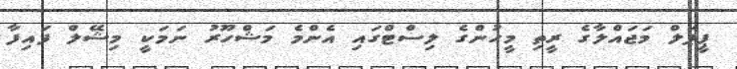
ޕީޕަލް މަޖައްލާގެ ރީތި މީހުންގެ ލިސްޓްގައި އެންމެ މަޝްހޫރު ނަމަކީ މިޝޭލް ފައިފާ